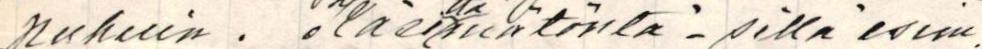
puhuin. o käsimätöntä, sillä esim.